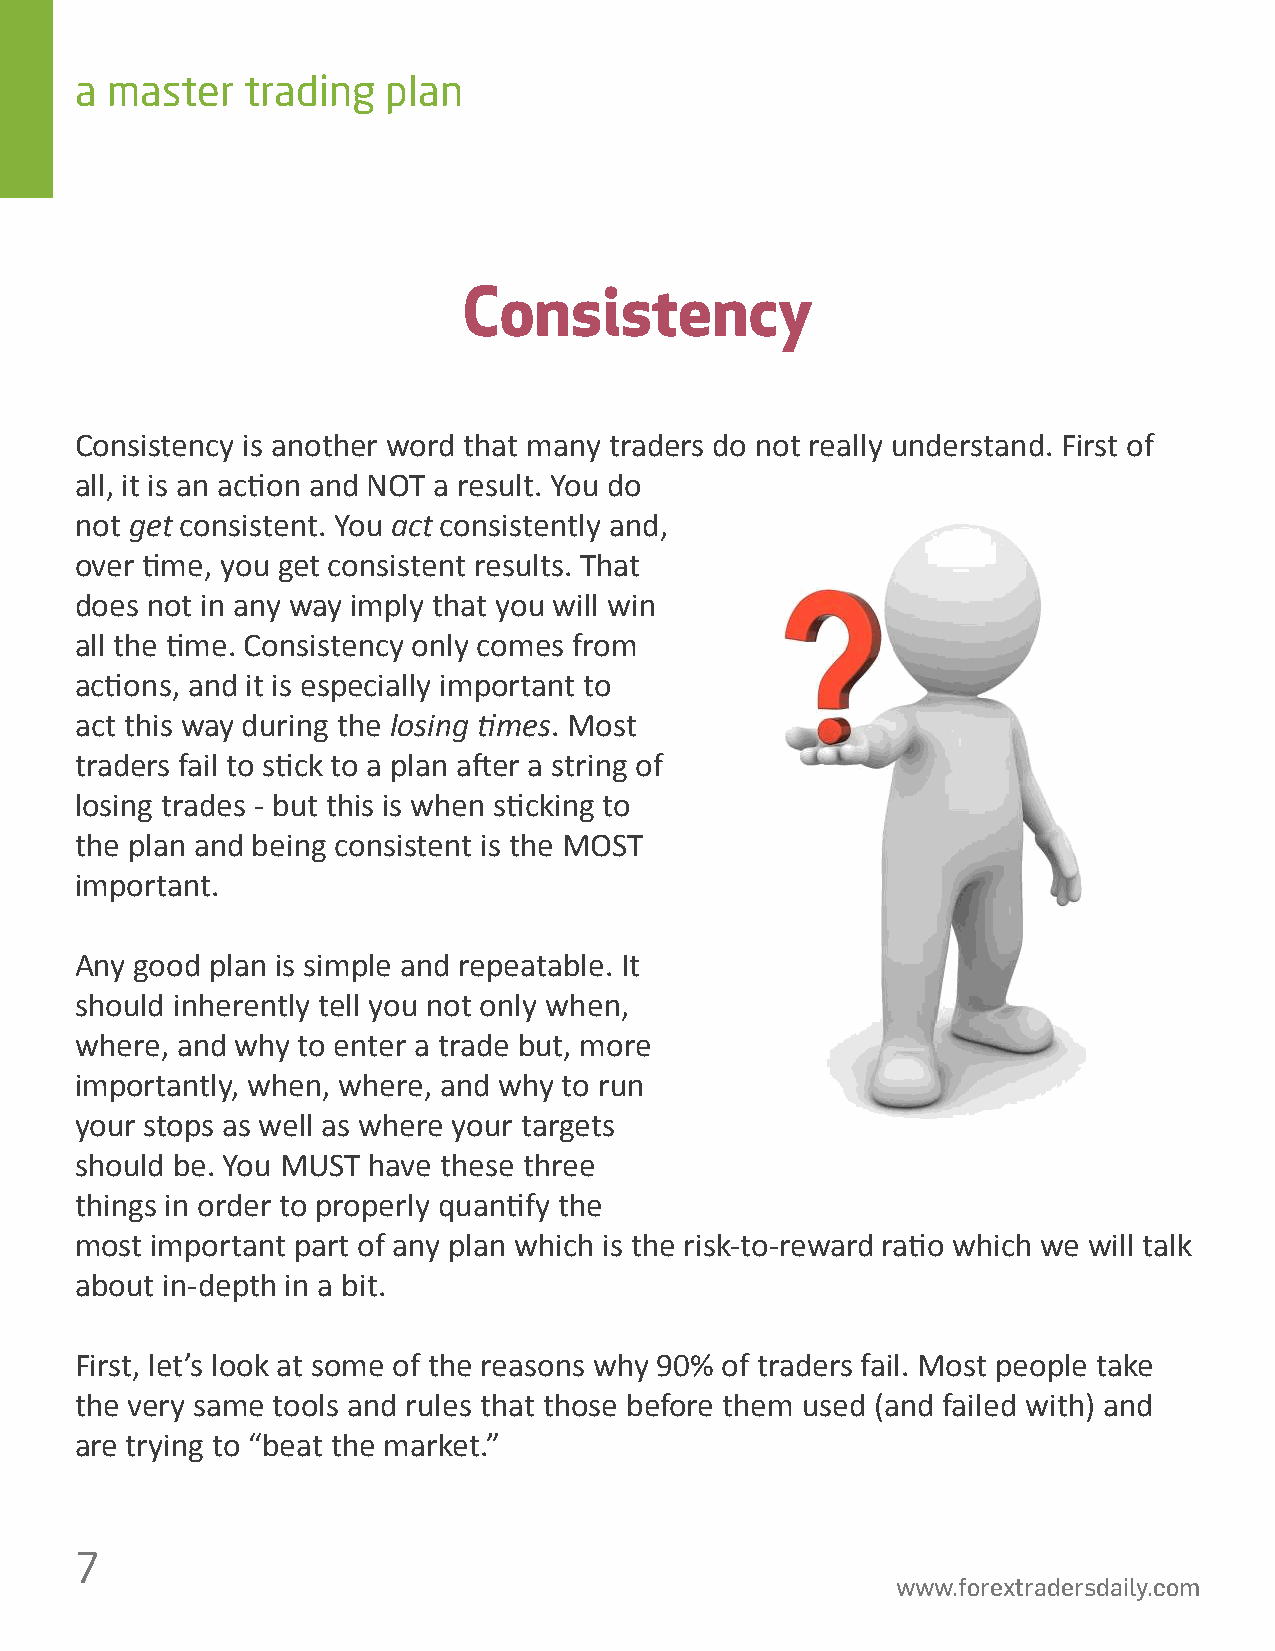
a master   trading   plan
 Consistency
 Consistency is another word that many traders do not really understand. First of
 all, it is an ac琀椀on and NOT a result. You do
 not get consistent. You act consistently and,
 over 琀椀me, you get consistent results. That
 does not in any way imply that you will win
 all the 琀椀me. Consistency only comes from
 ac琀椀ons, and it is especially important to
 act this way during the losing 琀椀mes. Most
 traders fail to s琀椀ck to a plan a昀琀er a string of
 losing trades - but this is when s琀椀cking to
 the plan and being consistent is the MOST
 important.
 Any good plan is simple and repeatable. It
 should inherently tell you not only when,
 where, and why to enter a trade but, more
 importantly, when, where, and why to run
 your stops as well as where your targets
 should be. You MUST have these three
 things in order to properly quan琀椀fy the
 most important part of any plan which is the risk-to-reward ra琀椀o which we will talk
 about in-depth in a bit.
 First, let’s look at some of the reasons why 90% of traders fail. Most people take
 the very same tools and rules that those before them used (and failed with) and
 are trying to “beat the market.”
 7
 www.forextradersdaily.com